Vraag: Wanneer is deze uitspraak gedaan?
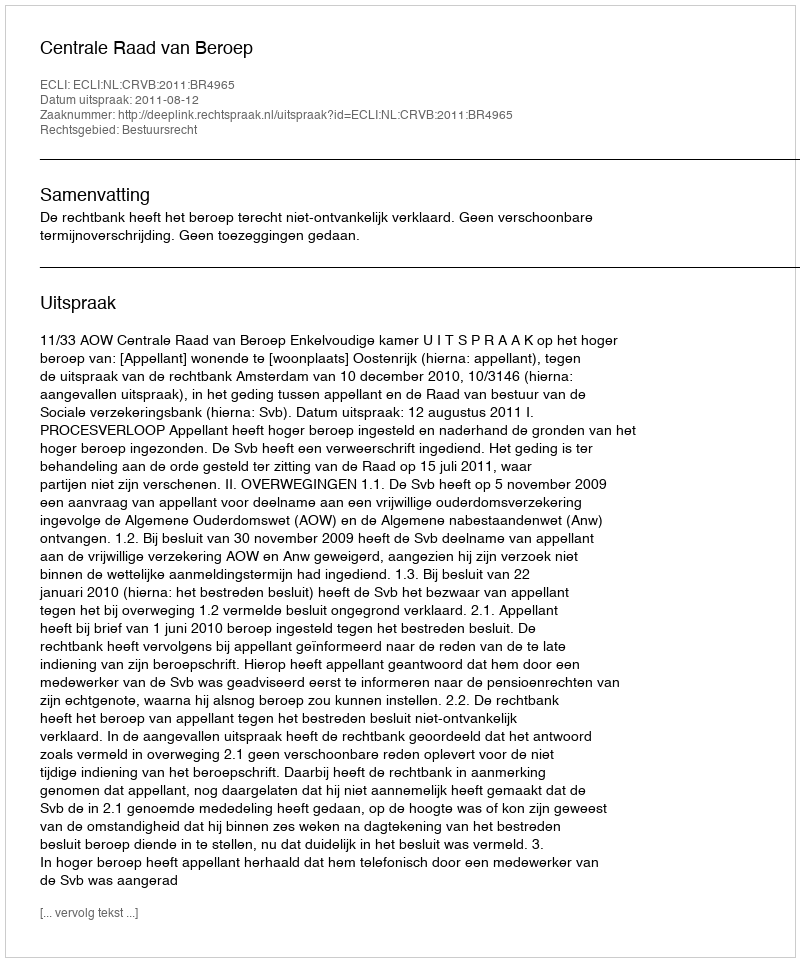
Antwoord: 2011-08-12